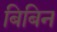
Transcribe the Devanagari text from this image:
बिबिन